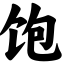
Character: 饱